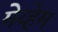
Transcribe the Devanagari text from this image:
मेय्हेम